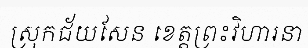
ស្រុកជ័យសែន ខេត្តព្រះវិហារនា